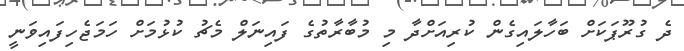
ދެ ގުރޫޕަކަށް ބަހާލައިގެން ކުރިއަށްދާ މި މުބާރާތުގެ ފައިނަލް މެޗު ކުޅުމަށް ހަމަޖެހިފައިވަނީ